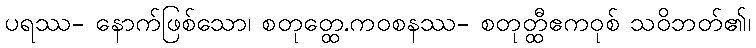
ပရဿ- နောက်ဖြစ်သော၊ စတုတ္ထေ.ကဝစနဿ- စတုတ္ထီဧကဝုစ် သဝိဘတ်၏၊